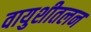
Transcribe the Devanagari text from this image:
वायुशीतलन